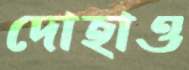
দোহাও